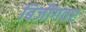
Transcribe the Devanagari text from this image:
बिजींगवर